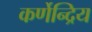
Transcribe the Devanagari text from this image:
कर्णेन्द्रिय